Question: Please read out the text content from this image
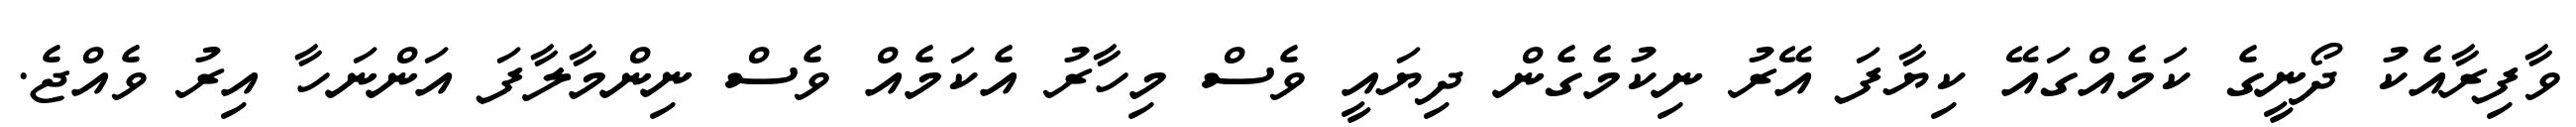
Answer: ވާފިރާއެކު ދޯނީގެ ކަމެއްގައޭ ކިޔާފަ އޭރު ނިކުމެގެން ދިޔައީ ވެސް މިހާރު އެކަމެއް ވެސް ނިންމާލާފަ އަންނަހާ އިރު ވެއްޖެ.